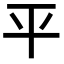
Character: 平